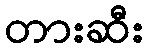
တားဆီး